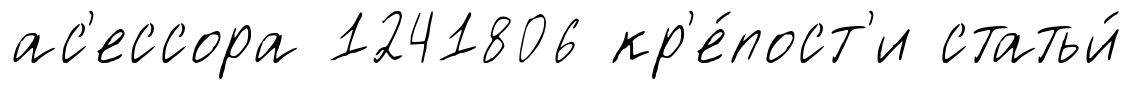
ас'ессора 1241806 кр'е́пост'и статьи́